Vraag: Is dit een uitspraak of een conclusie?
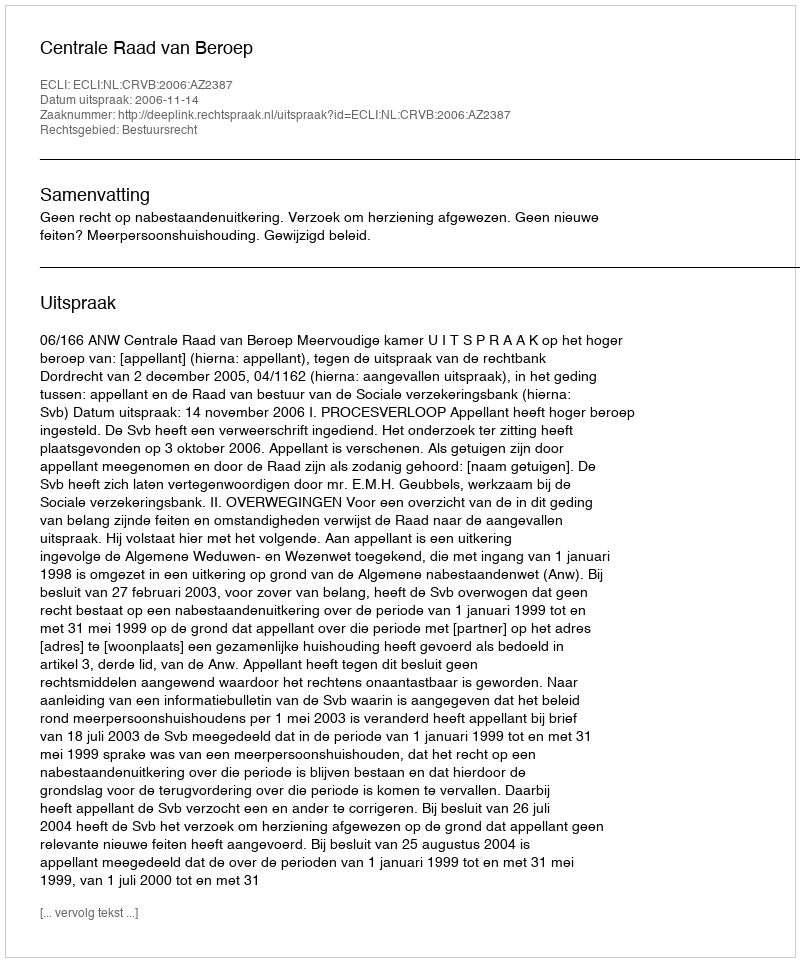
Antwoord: Uitspraak